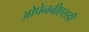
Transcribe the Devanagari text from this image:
ओपेनबीएसडी